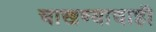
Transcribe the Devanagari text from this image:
चाखण्याचाही